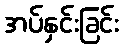
အပ်နှင်းခြင်း